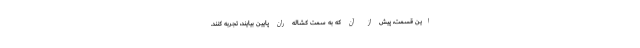
این قسمت، پیش از آن که به سمت کشاله ران پایین بیایند، تجربه کنند.